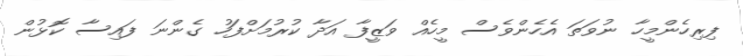
ފިރިހެންމީހާ ނުވަތަ އެހެންވެސް މީހެއް ވަޒީފާ އަދާ ކުރުމަށްފަހު ގެންނަ ފައިސާ ކޮޅުން